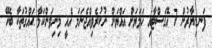
ފަނޑިޔާރުން 7 އޮގަސްޓާއި ހަމަޔަށް އައްޔަން ނުކުރެވިއްޖެނަމަ އެއީ މިނިވަންކަމާ ޙައްޤުތަކާ ބެހޭ